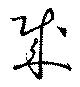
賊